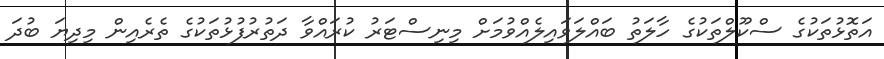
އަތޮޅުތަކުގެ ސްކޫލްތަކުގެ ހާލަތު ބައްލަވައިލެއްވުމަށް މިނިސްޓަރު ކުރައްވާ ދަތުރުފުޅުތަކުގެ ތެރެއިން މިދިޔަ ބުދަ